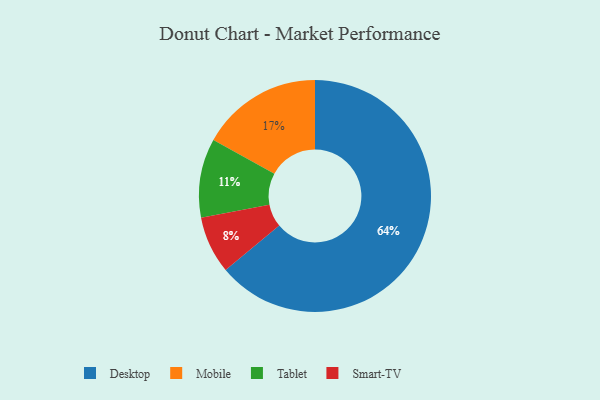
{"axis": {"x": "Category", "y": "Percentage"}, "legend": ["Desktop", "Mobile", "Smart-TV", "Tablet"], "data": [{"x": "Tablet", "y": 11, "type": "Tablet"}, {"x": "Desktop", "y": 64, "type": "Desktop"}, {"x": "Mobile", "y": 17, "type": "Mobile"}, {"x": "Smart-TV", "y": 8, "type": "Smart-TV"}]}